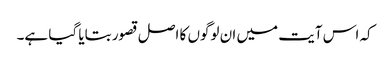
کہ اس آیت میں ان لوگوں کا اصل قصور بتایا گیا ہے۔